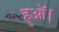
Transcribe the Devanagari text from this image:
हुऑ।